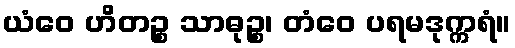
ယံဝေ ဟိတဉ္စ သာဓုဉ္စ၊ တံဝေ ပရမဒုက္ကရံ။